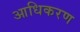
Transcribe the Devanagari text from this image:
आधिकरण